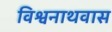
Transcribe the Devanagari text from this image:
विश्वनाथवास